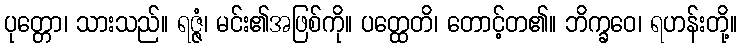
ပုတ္တော၊ သားသည်။ ရဇ္ဇံ၊ မင်း၏အဖြစ်ကို။ ပတ္ထေတိ၊ တောင့်တ၏။ ဘိက္ခဝေ၊ ရဟန်းတို့။